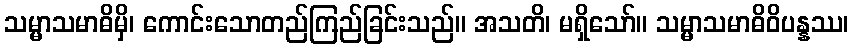
သမ္မာသမာဓိမှိ၊ ကောင်းသောတည်ကြည်ခြင်းသည်။ အသတိ၊ မရှိသော်။ သမ္မာသမာဓိဝိပန္နဿ၊